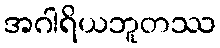
အဂါရိယဘူတဿ